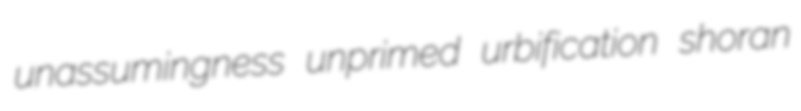
unassumingness unprimed urbification shoran